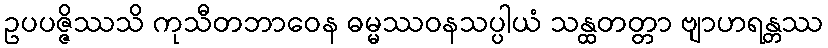
ဥပပဇ္ဇိဿသိ ကုသီတဘာဝေန ဓမ္မဿဝနသပ္ပါယံ သန္ထတတ္တာ ဗျာဟရန္တဿ